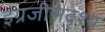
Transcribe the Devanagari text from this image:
इंग्रजीसदृश्य